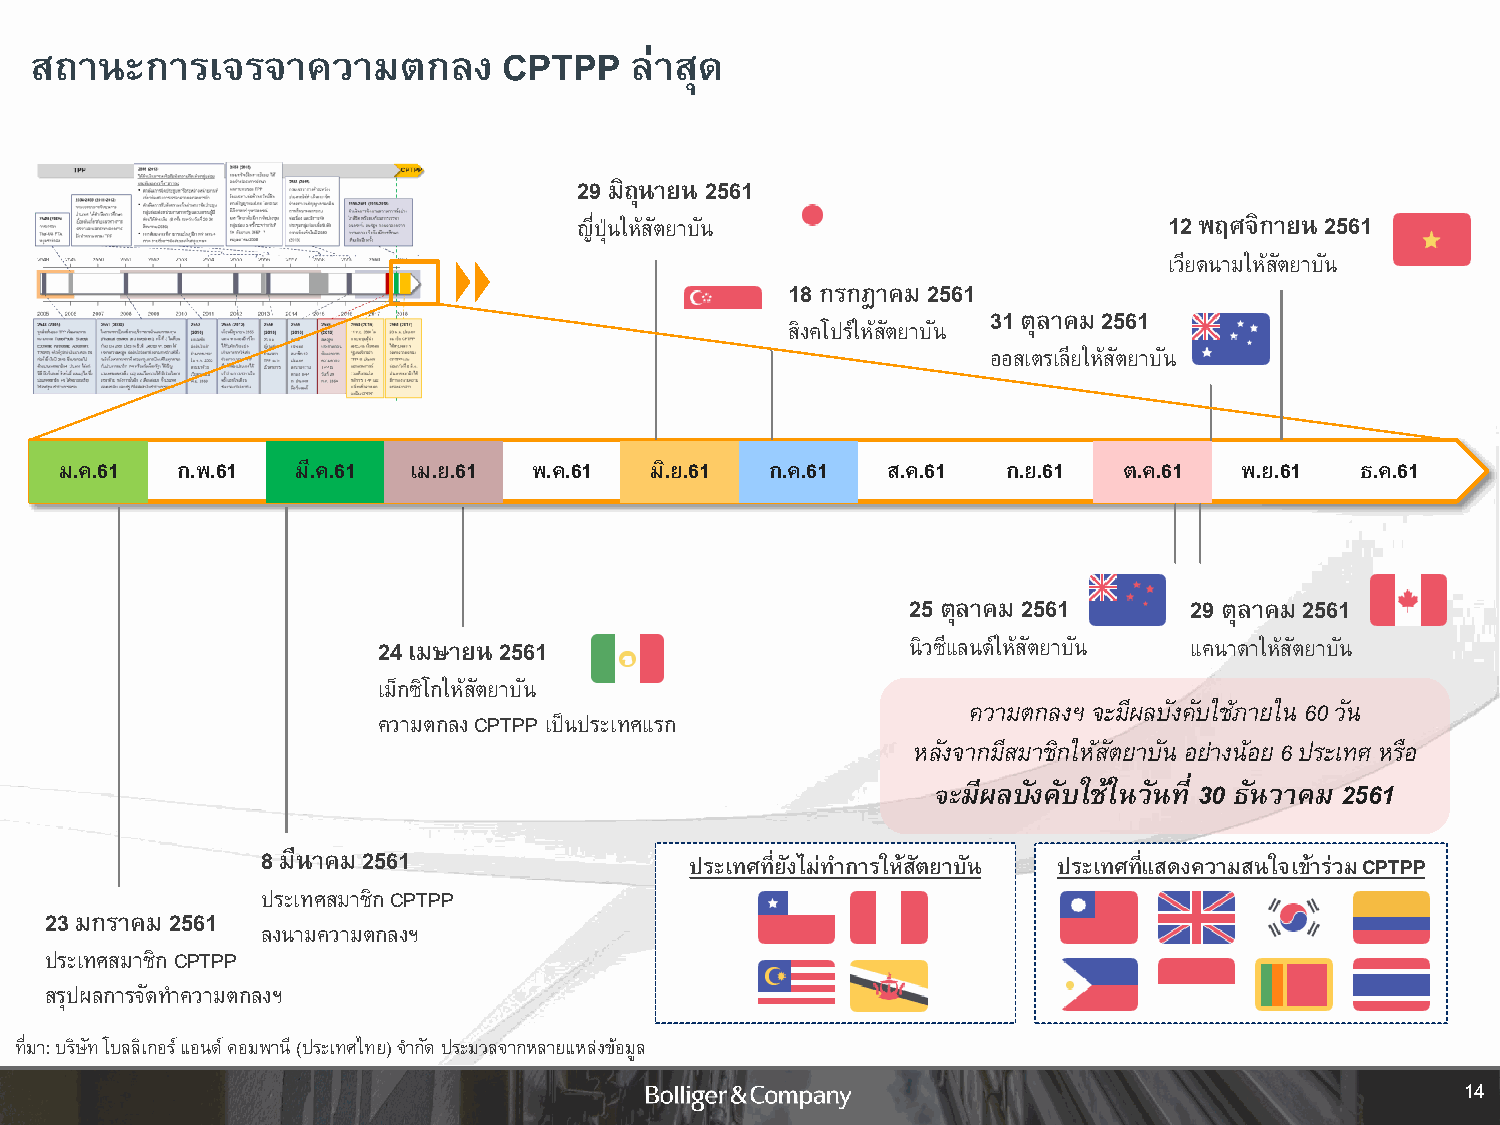
สถานะการเจรจาความตกลง          CPTPP    ล่าสุด
 29 มิถุนายน 2561
 ญี่ปุ่นให้สัตยาบัน                     12 พฤศจิกายน 2561
 เวียดนามให้สตั ยาบัน
 18 กรกฎาคม 2561
 31 ตุลาคม 2561
 สิงคโปร์ให้สัตยาบัน
 ออสเตรเลียให้สัตยาบัน
 ม.ค.61  ก.พ.61  มี.ค.61 เม.ย.61 พ.ค.61 มิ.ย.61 ก.ค.61  ส.ค.61  ก.ย.61 ต.ค.61  พ.ย.61  ธ.ค.61
 25 ตุลาคม 2561     29 ตุลาคม 2561
 24 เมษายน 2561                     นิวซีแลนด์ให้สัตยาบัน แคนาดาให้สัตยาบัน
 เม็กซิโกให้สตั ยาบัน
 ความตกลงฯ จะมีผลบังคับใช้ภายใน 60วัน
 ความตกลง CPTPP เป็นประเทศแรก
 หลังจากมีสมาชิกให้สัตยาบัน อย่างน้อย 6 ประเทศ หรือ
 จะมีผลบังคับใช้ในวันที่ 30 ธันวาคม 2561
 8 มีนาคม 2561
 ประเทศที่ยังไม่ทา การให้สตั ยาบนั ประเทศที่แสดงความสนใจเข้าร่วม CPTPP
 ประเทศสมาชิก CPTPP
 23 มกราคม 2561
 ลงนามความตกลงฯ
 ประเทศสมาชิก CPTPP
 สรุปผลการจัดท าความตกลงฯ
 ที่มา: บริษัท โบลลิเกอร์ แอนด์ คอมพานี (ประเทศไทย) จ ากัด ประมวลจากหลายแหล่งข้อมลู
 14